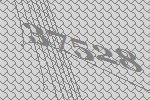
37528